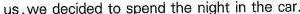
us, we decided to spend the night in the car.